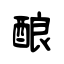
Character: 酿